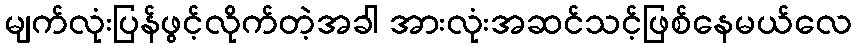
မျက်လုံးပြန်ဖွင့်လိုက်တဲ့အခါ အားလုံးအဆင်သင့်ဖြစ်နေမယ်လေ